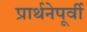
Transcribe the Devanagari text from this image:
प्रार्थनेपूर्वी